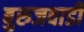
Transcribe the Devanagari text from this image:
बुरुजवाडी